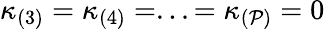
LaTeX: \kappa_{(3)}=\kappa_{(4)}=...=\kappa_{(\mathcal{P})}=0